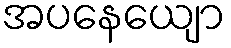
အပနေယျော